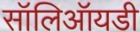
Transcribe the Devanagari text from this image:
सॉलिऑयडी